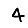
Digit: 4